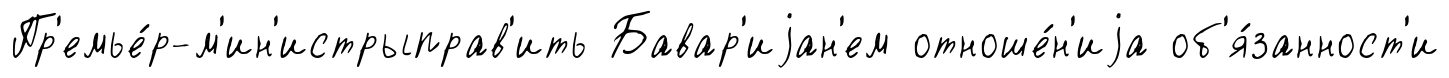
Пр'емье́р-м'ин'истрыправ'ить Бавар'иjан'ем отноше́н'иjа об'я́занност'и